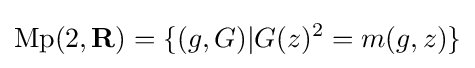
\operatorname {Mp} (2,\mathbf {R} )=\{(g,G)|G(z)^{2}=m(g,z)\}